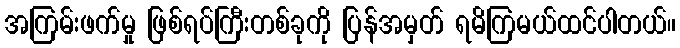
အကြမ်းဖက်မှု ဖြစ်ရပ်ကြီးတစ်ခုကို ပြန်အမှတ် ရမိကြမယ်ထင်ပါတယ်။